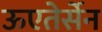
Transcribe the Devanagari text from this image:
ऊएतेर्सेन